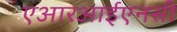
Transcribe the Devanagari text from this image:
एआरआईएनसी